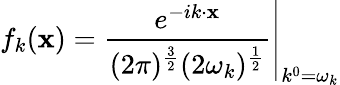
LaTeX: f_{k}(\mathbf{x})=\left.{\frac{{e^{-ik\cdot\mathbf{x}}}}{{(2\pi)^{\frac{{3}}{{2}}}(2\omega_{k})^{\frac{{1}}{{2}}}}}}\right|_{k^{0}=\omega_{k}}